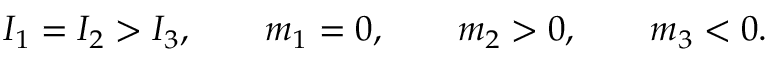
\begin{array} { r } { I _ { 1 } = I _ { 2 } > I _ { 3 } , \qquad m _ { 1 } = 0 , \qquad m _ { 2 } > 0 , \qquad m _ { 3 } < 0 . } \end{array}